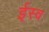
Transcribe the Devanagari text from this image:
ईस्व